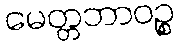
မေတ္တဘာဝဉ္စ